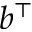
b ^ { \top }